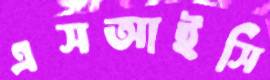
এসআইসি